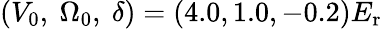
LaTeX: (V_{0},~\Omega_{0},~\delta)=(4.0,1.0,-0.2)E_{\mathrm{{r}}}